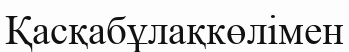
Қасқабұлақкөлімен